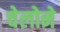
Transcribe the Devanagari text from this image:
चेलोने